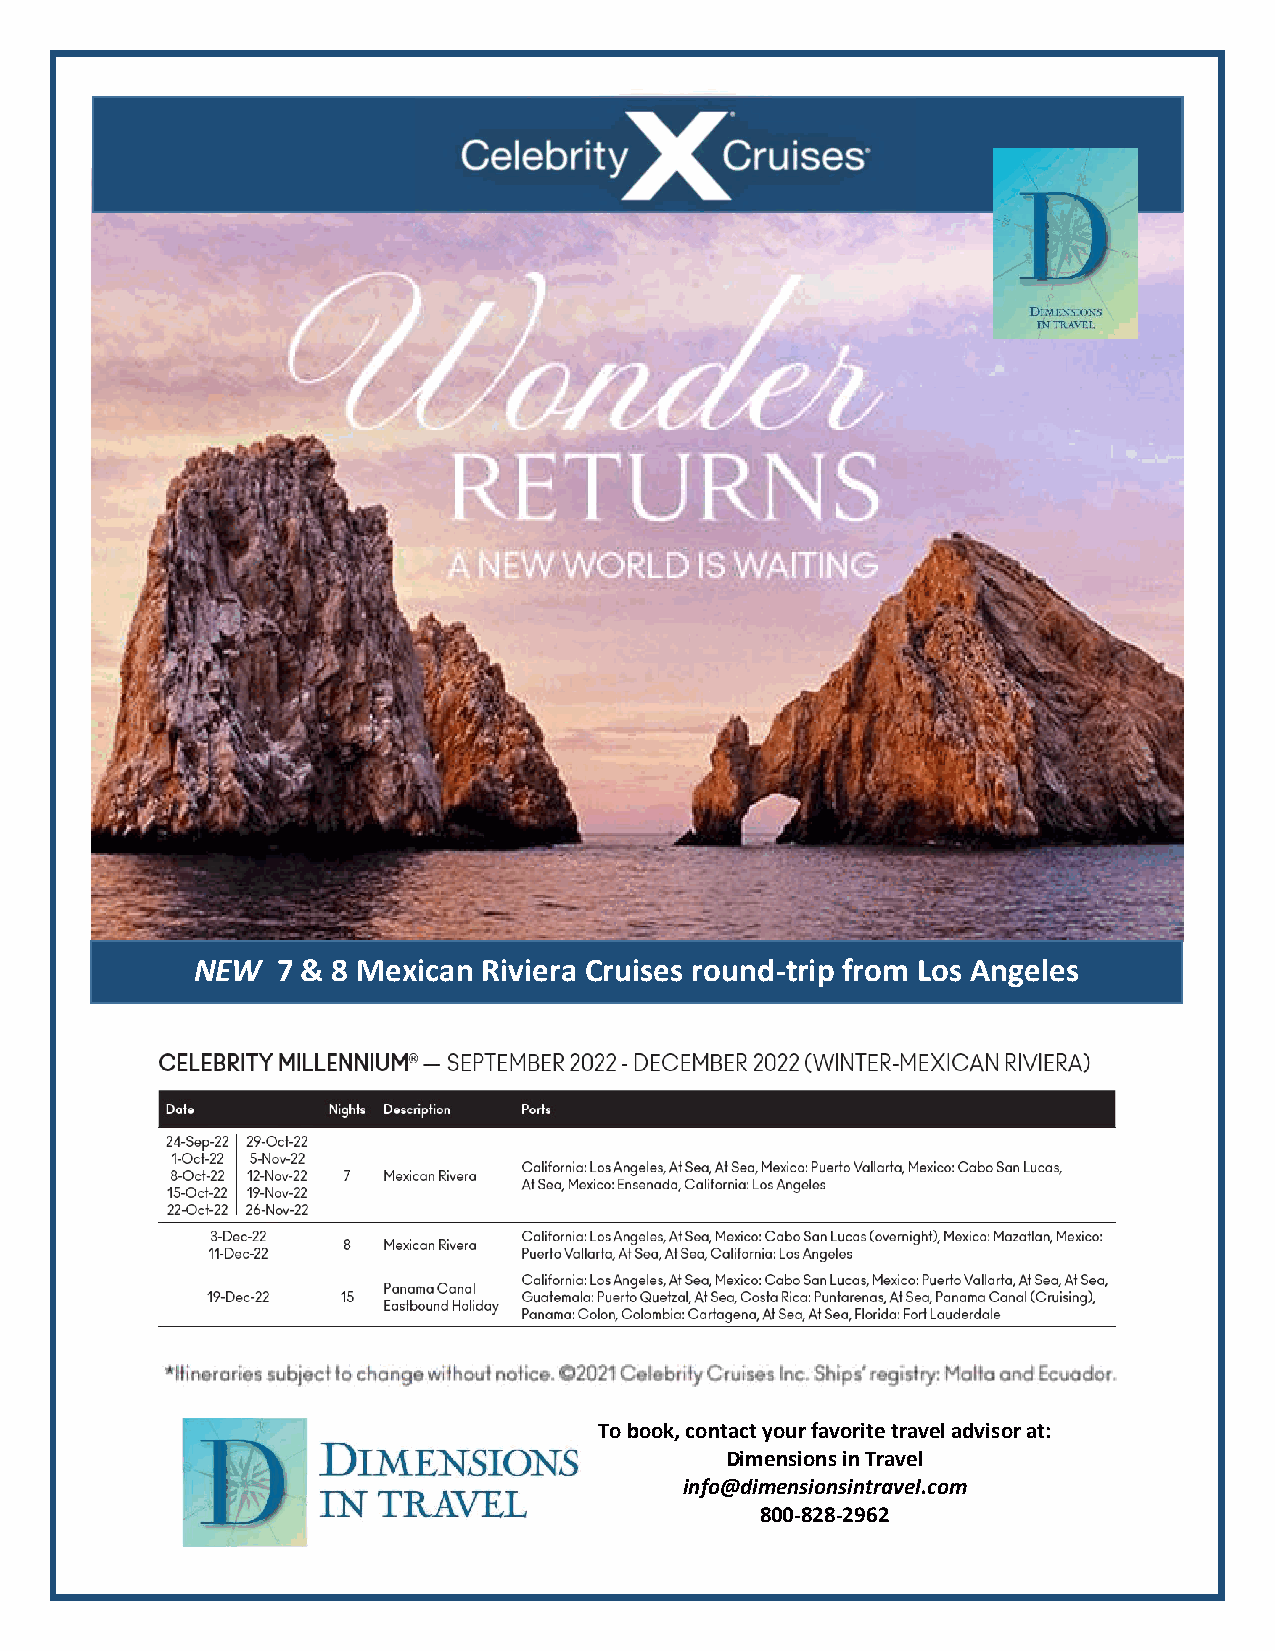
NEW  7 & 8 Mexican Riviera Cruises round-trip from Los Angeles
 To book, contact your favorite travel advisor at:
 Dimensions in Travel
 info@dimensionsintravel.com
 800-828-2962